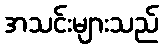
အသင်းများသည်